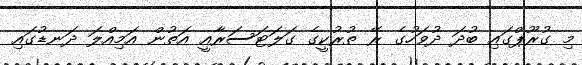
މި ގުރޫޕްގައި ބުދަ ދުވަހުގެ ރޭ ތުރުކީގެ ގަލަޓަސަރާއީ އަތުން އަމިއްލަ ދަނޑުގައި